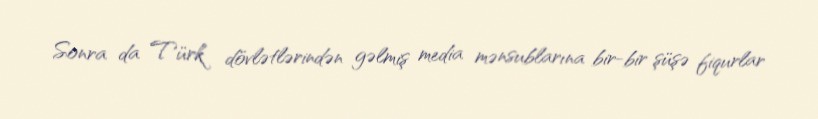
Sonra da Türk dövlətlərindən gəlmiş media mənsublarına bir-bir şüşə fiqurlar